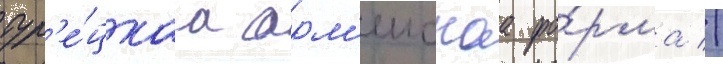
тур'е́цкаа арм'еискаа фо́рма //